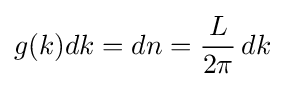
g(k)dk=dn={\frac {L}{2\pi }}\,dk